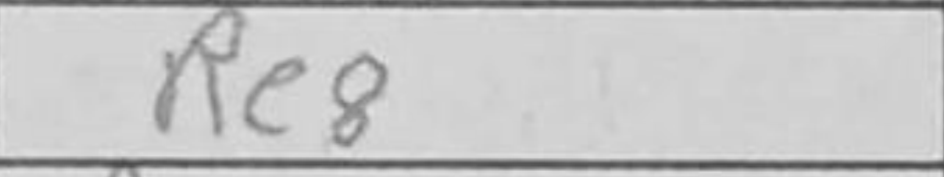
Transcription: Re8